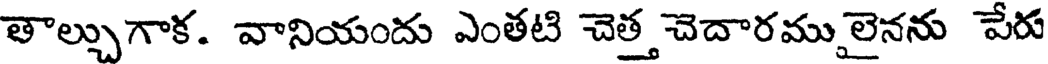
తాల్చుగాక. వానియందు ఎంతటి చెత్త చెదారము లైనను పేరు